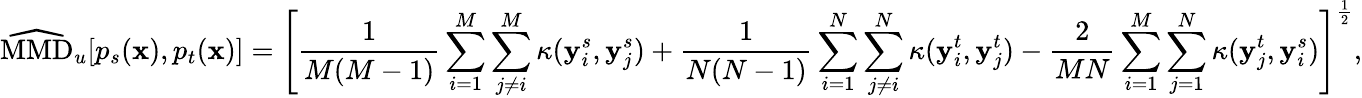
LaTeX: \widehat{\mathrm{MMD}}_{u}[p_{s}(\mathbf{x}),p_{t}(\mathbf{x})]=\left[\frac{1}{M(M-1)}\sum_{i=1}^{M}\sum_{j\neq i}^{M}\kappa(\mathbf{y}_{i}^{s},\mathbf{y}_{j}^{s})+\frac{1}{N(N-1)}\sum_{i=1}^{N}\sum_{j\neq i}^{N}\kappa(\mathbf{y}_{i}^{t},\mathbf{y}_{j}^{t})-\frac{2}{MN}\sum_{i=1}^{M}\sum_{j=1}^{N}\kappa(\mathbf{y}_{j}^{t},\mathbf{y}_{i}^{s})\right]^{\frac{1}{2}},